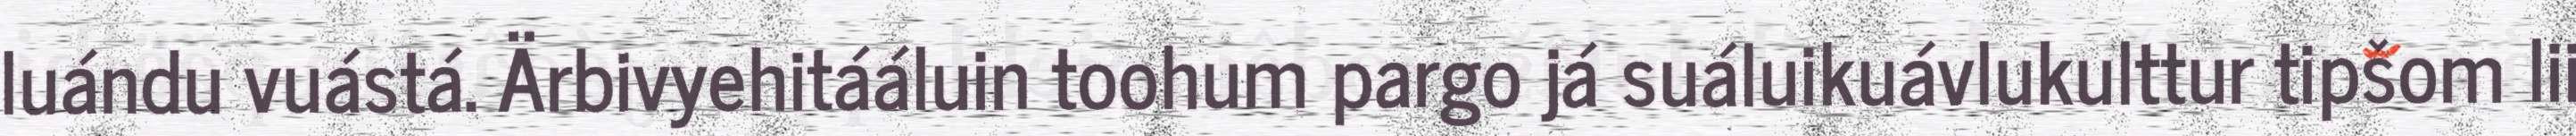
luándu vuástá. Ärbivyehitááluin toohum pargo já suáluikuávlukulttur tipšom lii